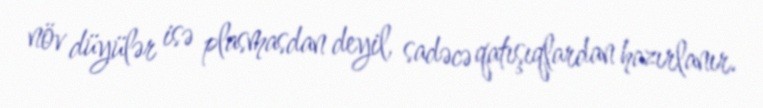
növ düyülər isə plasmasdan deyil, sadəcə qatışıqlardan hazırlanır.